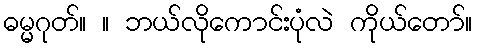
ဓမ္မဂုတ်။ ။ ဘယ်လိုကောင်းပုံလဲ ကိုယ်တော်။